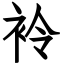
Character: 袊